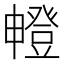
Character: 𤳘